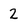
Character: 2